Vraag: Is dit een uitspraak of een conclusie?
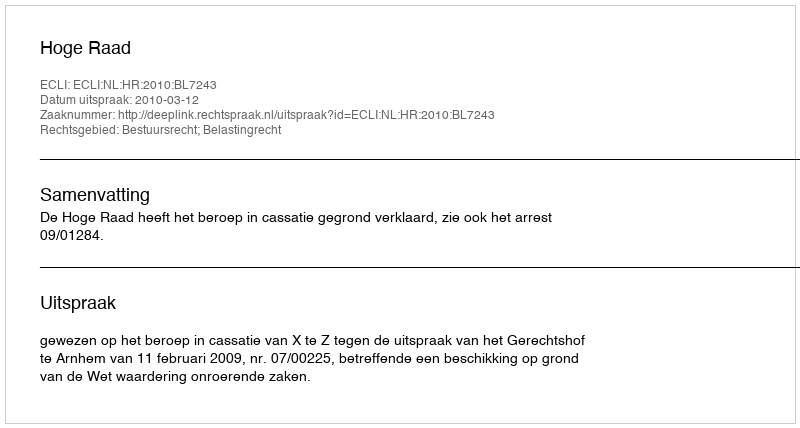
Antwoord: Uitspraak